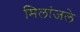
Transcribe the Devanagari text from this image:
मिलांजले